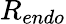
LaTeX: R_{endo}